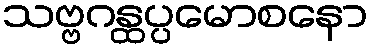
သဗ္ဗဂန္ထပ္ပမောစနော